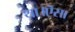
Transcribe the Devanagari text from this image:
था।ऎसा